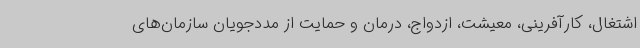
اشتغال، کارآفرینی، معیشت، ازدواج، درمان و حمایت از مددجویان سازمان‌های